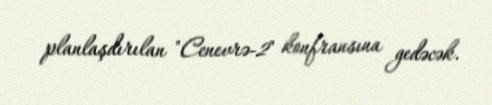
planlaşdırılan "Cenevrə-2" konfransına gedəcək.